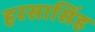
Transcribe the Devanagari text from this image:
हरसासिंह